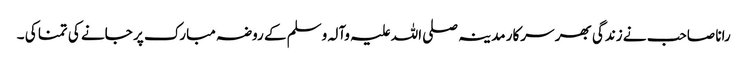
رانا صاحب نے زندگی بھر سرکار مدینہ صلی اللہ علیہ وآلہ وسلم کے روضہ مبارک پر جانے کی تمنا کی ۔